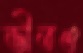
ভীতও